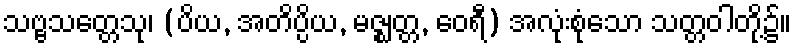
သဗ္ဗသတ္တေသု၊ (ပိယ, အတိပ္ပိယ, မဇ္ဈတ္တ, ဝေရီ) အလုံးစုံသော သတ္တဝါတို့၌။